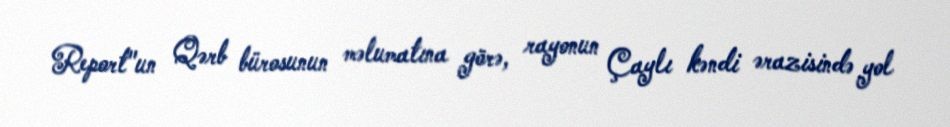
Report"un Qərb bürosunun məlumatına görə, rayonun Çaylı kəndi ərazisində yol